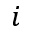
i